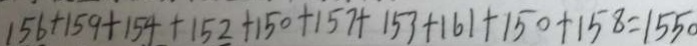
1 5 6 + 1 5 9 + 1 5 4 + 1 5 2 + 1 5 0 + 1 5 7 + 1 5 3 + 1 6 1 + 1 5 0 + 1 5 8 = 1 5 5 0